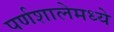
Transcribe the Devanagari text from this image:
पर्णशालेमध्ये